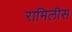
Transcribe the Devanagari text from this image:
रामिलीस